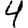
Digit: 4